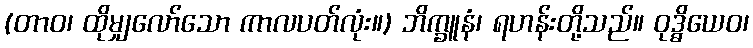
(တာဝ၊ ထိုမျှလော်သော ကာလပတ်လုံး။) ဘိက္ခူနံ၊ ရဟန်းတို့သည်။ ဝုဒ္ဓိယေဝ၊